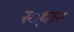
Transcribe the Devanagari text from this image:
स्‍्थान